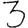
Digit: 3